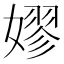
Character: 嫪